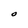
Character: O